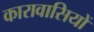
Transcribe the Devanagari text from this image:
कारावासियों